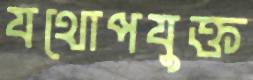
যথোপযুক্ত